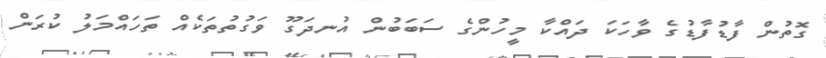
ގޮތުން ފާޑުފާޑުގެ ވާހަކަ ދައްކާ މީހުންގެ ސަބަބުން އުނދަގޫ ވަގުތުތަކެއް ތަހައްމަލު ކުރަން